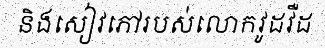
និងសៀវភៅរបស់លោកវូដវឺដ